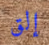
إلق